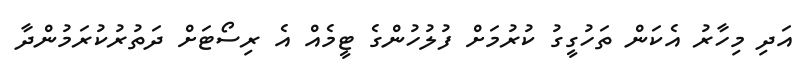
އަދި މިހާރު އެކަން ތަހުގީގު ކުރުމަށް ފުލުހުންގެ ޓީމެއް އެ ރިސޯޓަށް ދަތުރުކުރަމުންދާ